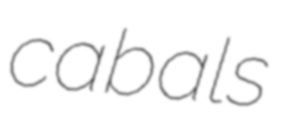
cabals